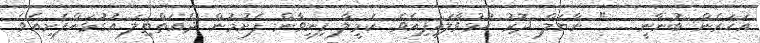
އަހަރެން ބުނާނީ........" ނާޔަލް ދޮރު ހުޅުވާލައިފިއެވެ. ކެމީލާ ފިނިވާން ފެށުމުން ދެއަތްތިލަ އުގުޅަންފެށިއެވެ.